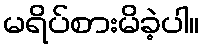
မရိပ်စားမိခဲ့ပါ။